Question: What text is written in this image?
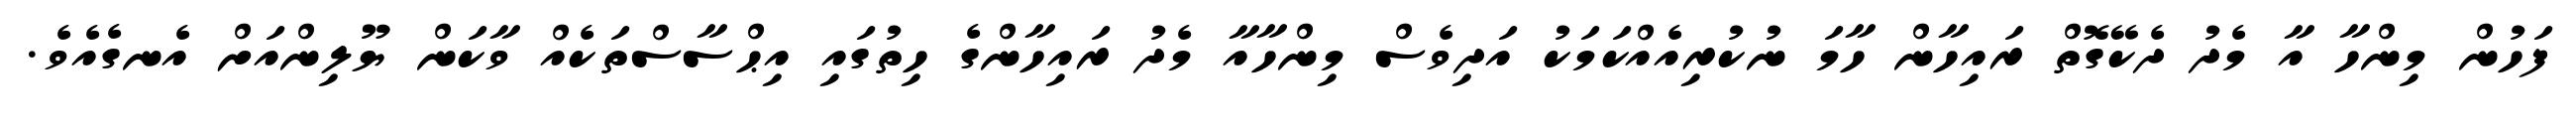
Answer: ފަހުން މިންހާ އާ މެދު ދެކޭގޮތް ރައިހާން ހާމަ ނުކުރިއެއްކަމަކު އަދިވެސް މިންހާއާ މެދު ރައިހާންގެ ހިތުގައި އިޙްސާސްތަކެއް ވާކަން ޔޫލިންއަށް އެނގެއެވެ.